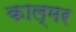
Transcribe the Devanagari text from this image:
काल्मर